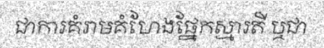
ជាការគំរាមគំហែងផ្នែកស្មារតី ឬជា